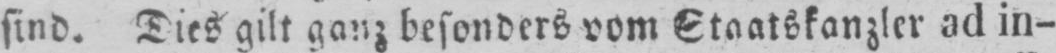
sind. Dies gilt ganz besonders vom Staatskanzler ad in-